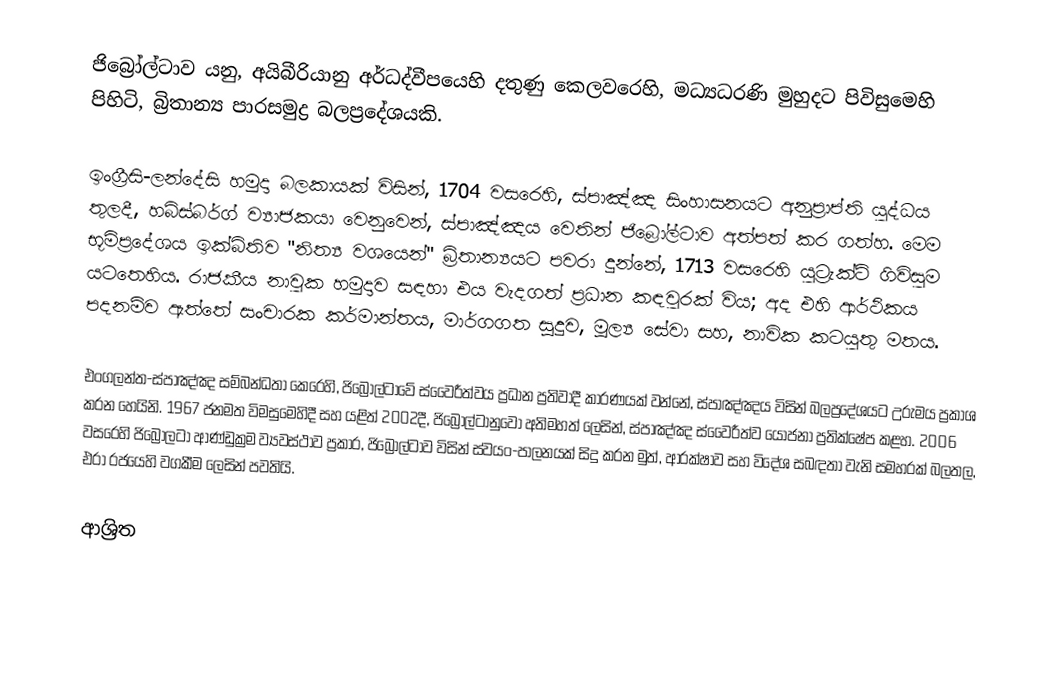
ජිබ්‍රෝල්ටාව යනු,  අයිබීරියානු අර්ධද්වීපයෙහි දතුණු කෙලවරෙහි,  මධ්‍යධරණි මුහුදට පිවිසුමෙහි පිහිටි, බ්‍රිතාන්‍ය පාරසමුද්‍ර බලප්‍රදේශයකි.

ඉංග්‍රීසි-ලන්දේසි හමුදා බලකායක් විසින්,   1704 වසරෙහි, ස්පාඤ්ඤ සිංහාසනයට අනුප්‍රාප්ති යුද්ධය තුලදී,     හබ්ස්බර්ග් ව්‍යාජකයා  වෙනුවෙන්,  ස්පාඤ්ඤය  වෙතින් ජිබ්‍රෝල්ටාව අත්පත් කර ගත්හ. මෙම භූමිප්‍රදේශය ඉක්බිතිව  "නිත්‍ය වශයෙන්"  බ්‍රිතාන්‍යයට පවරා දුන්නේ, 1713 වසරෙහි යුට්‍රැක්ට් ගිවිසුම යටතෙහිය. රාජකීය නාවුක හමුදාව සඳහා එය වැදගත් ප්‍රධාන කඳවුරක් විය; අද එහි ආර්ථිකය පදනම්ව ඇත්තේ සංචාරක කර්මාන්තය, මාර්ගගත සූදුව, මූල්‍ය සේවා සහ, නාවික කටයුතු මතය.

එංගලන්ත-ස්පාඤ්ඤ සම්බන්ධතා කෙරෙහි, ජිබ්‍රෝල්ටාවේ ස්වෛරීත්වය ප්‍රධාන ප්‍රතිවාදී කාරණයක් වන්නේ,   ස්පාඤ්ඤය විසින්  බලප්‍රදේශයට  උරුමය ප්‍රකාශ කරන හෙයිනි.  1967 ජනමත විමසුමෙහිදී  සහ  යළිත් 2002දී, ජිබ්‍රොල්ටානුවෝ අතිමහත් ලෙසින්,   ස්පාඤ්ඤ ස්වෛරීත්ව යෝජනා ප්‍රතික්ෂේප කළහ. 2006 වසරෙහි ජිබ්‍රෝලටා ආණ්ඩුක්‍රම ව්‍යවස්ථාව ප්‍රකාර, ජිබ්‍රෝල්ටාව විසින් ස්වයං-පාලනයක් සිදු  කරන මුත්, ආරක්ෂාව සහ විදේශ සබඳතා වැනි සමහරක් බලතල, එරා රජයෙහි වගකීම ලෙසින් පවතියි.

ආශ්‍රිත